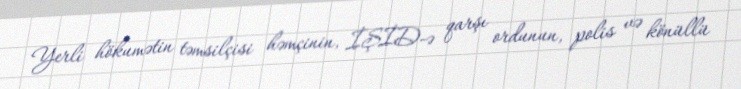
Yerli hökumətin təmsilçisi həmçinin, İŞİD-ə qarşı ordunun, polis və könüllü